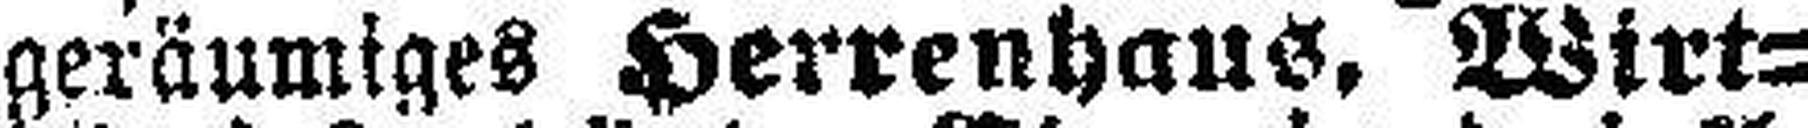
geräumiges Herrenhaus, Wirt¬